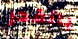
بالقدر